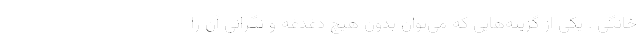
خانگی . یکی از گزینه‌هایی که می‌توان بدون هیچ دغدغه و نگرانی آن را